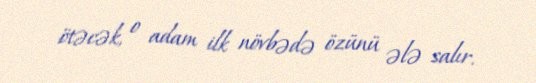
ötəcək, o adam ilk növbədə özünü ələ salır.